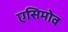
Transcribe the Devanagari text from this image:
एसिमोव